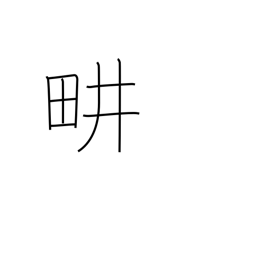
Meaning: cultivate